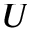
U